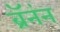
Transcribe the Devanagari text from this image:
ब्रॅनंन